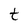
Character: t